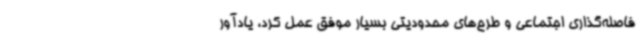
فاصله‌گذاری اجتماعی و طرح‌های محدودیتی بسیار موفق عمل کرد، یادآور